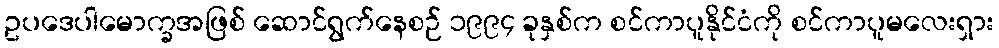
ဥပဒေပါမောက္ခအဖြစ် ဆောင်ရွက်နေစဉ် ၁၉၉၄ ခုနှစ်က စင်ကာပူနိုင်ငံကို စင်ကာပူမလေးရှား